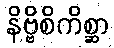
နိဗ္ဗိစိကိစ္ဆာ